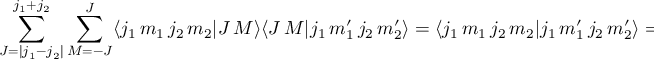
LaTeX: \sum _ { J = | j _ { 1 } - j _ { 2 } | } ^ { j _ { 1 } + j _ { 2 } } \sum _ { M = - J } ^ { J } \langle j _ { 1 } \, m _ { 1 } \, j _ { 2 } \, m _ { 2 } | J \, M \rangle \langle J \, M | j _ { 1 } \, m _ { 1 } ^ { \prime } \, j _ { 2 } \, m _ { 2 } ^ { \prime } \rangle = \langle j _ { 1 } \, m _ { 1 } \, j _ { 2 } \, m _ { 2 } | j _ { 1 } \, m _ { 1 } ^ { \prime } \, j _ { 2 } \, m _ { 2 } ^ { \prime } \rangle = \delta _ { m _ { 1 } , m _ { 1 } ^ { \prime } } \delta _ { m _ { 2 } , m _ { 2 } ^ { \prime } }